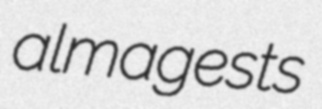
almagests